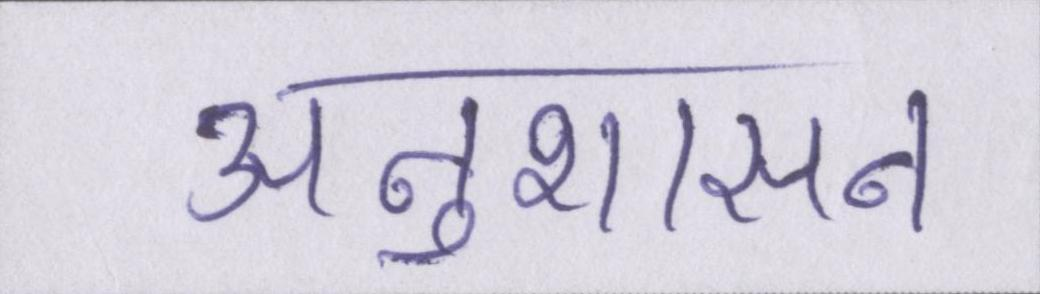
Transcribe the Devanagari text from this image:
अनुशासन